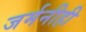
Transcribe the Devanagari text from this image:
जर्मनीही